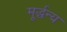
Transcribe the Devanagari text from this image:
मूर्द्धन्य